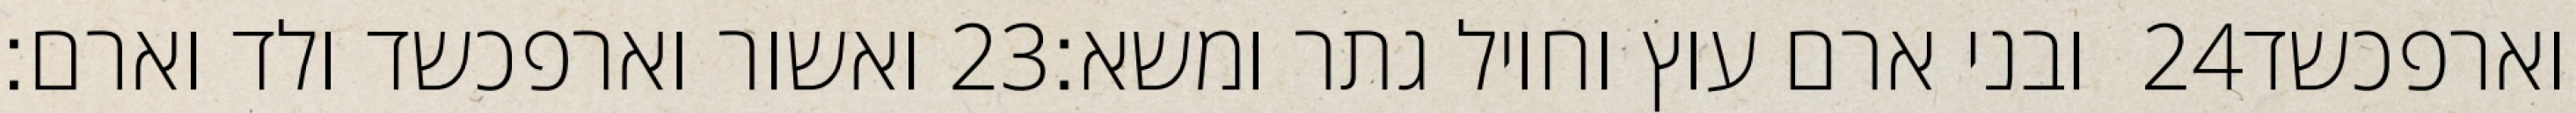
ואשור וארפכשד ולד וארם׃ ‎23‏ ובני ארם עוץ וחויל גתר ומשא׃ ‎24‏ וארפכשד